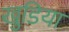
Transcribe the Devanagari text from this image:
खुडिया